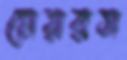
মেয়রস